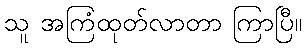
သူ အကြံထုတ်လာတာ ကြာပြီ။